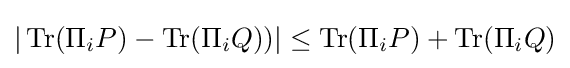
|\operatorname {Tr} (\Pi _{i}P)-\operatorname {Tr} (\Pi _{i}Q))|\leq \operatorname {Tr} (\Pi _{i}P)+\operatorname {Tr} (\Pi _{i}Q)